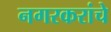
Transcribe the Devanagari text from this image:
नगरकरांचे